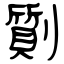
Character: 劕